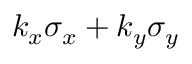
k _ { x } \sigma _ { x } + k _ { y } \sigma _ { y }